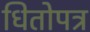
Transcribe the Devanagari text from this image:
धितोपत्र